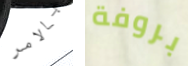
بالامر بروفة